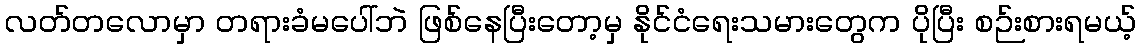
လတ်တလောမှာ တရားခံမပေါ်ဘဲ ဖြစ်နေပြီးတော့မှ နိုင်ငံရေးသမားတွေက ပိုပြီး စဉ်းစားရမယ့်